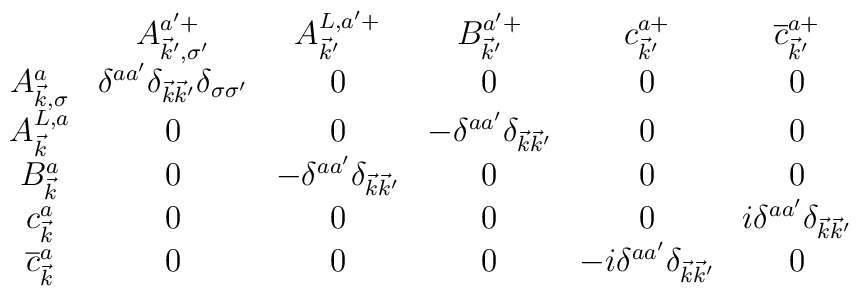
\begin{array}{cccccc}& A_{\vec{k}^{\prime },\sigma ^{\prime }}^{a^{\prime }+} &A_{\vec{k} ^{\prime }}^{L,a^{\prime }+} & B_{\vec{k}^{\prime}}^{a^{\prime }+} & c_{ \vec{k}^{\prime }}^{a+} &\overline{c}_{\vec{k}^{\prime }}^{a+} \\ A_{\vec{k},\sigma }^a &\delta ^{aa^{\prime }}\delta _{\vec{k}\vec{k} ^{\prime }}\delta_{\sigma \sigma ^{\prime }} & 0 & 0 & 0 & 0 \\ A_{\vec{k}}^{L,a} &0 & 0 & -\delta ^{aa^{\prime }}\delta _{\vec{k}\vec{k} ^{\prime }}& 0 & 0 \\ B_{\vec{k}}^a & 0 & -\delta ^{aa^{\prime }}\delta_{\vec{k}\vec{k}^{\prime }} & 0 & 0 & 0 \\ c_{\vec{k}}^a & 0 & 0 &0 & 0 & i\delta ^{aa^{\prime }}\delta _{\vec{k}\vec{k }^{\prime }}\\ \overline{c}_{\vec{k}}^a & 0 & 0 & 0 & -i\delta ^{aa^{\prime}}\delta _{\vec{ k}\vec{k}^{\prime }} & 0\end{array}